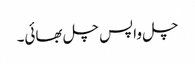
چل واپس چل بھائی۔